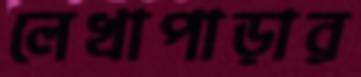
লেখাপাড়ার